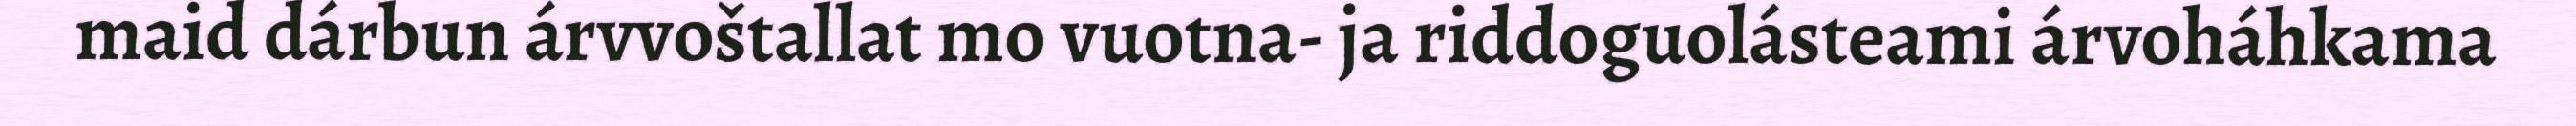
maid dárbun árvvoštallat mo vuotna- ja riddoguolásteami árvoháhkama